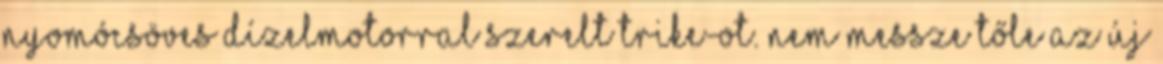
nyomócsöves dízelmotorral szerelt trike-ot. Nem messze tőle az új